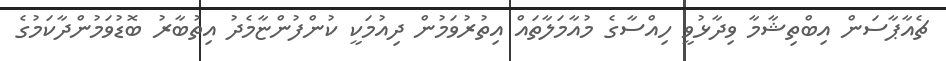
ޗެއާޕާސަން އިބްތިޝާމާ ވިދާޅުވީ ހިއްސާގެ މުއާމަލާތައް އިތުރުވަމުން ދިއުމަކީ ކުންފުންޏާމެދު އިތުބާރު ބޮޑުވަމުންދާކަމުގެ